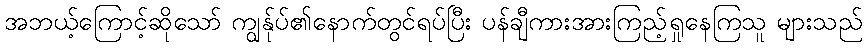
အဘယ့်ကြောင့်ဆိုသော် ကျွန်ုပ်၏နောက်တွင်ရပ်ပြီး ပန်ချီကားအားကြည့်ရှုနေကြသူ များသည်